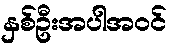
နှစ်ဦးအပါအဝင်